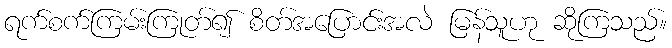
ရက်စက်ကြမ်းကြုတ်၍ စိတ်အပြောင်းအလဲ မြန်သူဟု ဆိုကြသည်။